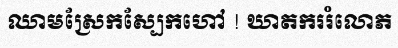
ឈាមស្រែកស្បែកហៅ ! ឃាតកររំលោភ